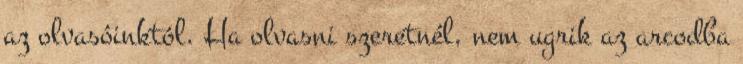
az olvasóinktól. Ha olvasni szeretnél, nem ugrik az arcodba